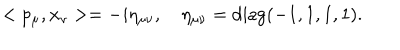
< p _ { \mu } , x _ { \nu } > = - i \eta _ { \mu \nu } , \quad \eta _ { \mu \nu } = \mathrm { d i a g } ( - 1 , 1 , 1 , 1 ) .